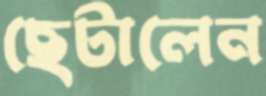
ছেটালেন